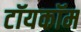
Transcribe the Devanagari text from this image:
टॉयकॉम